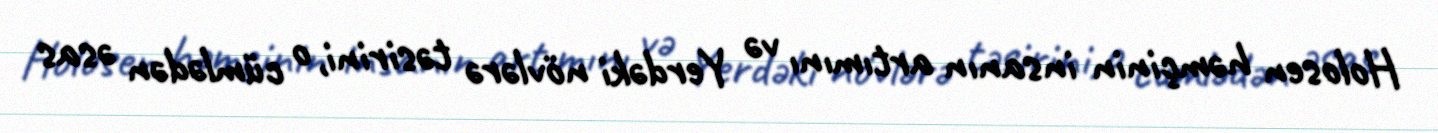
Holosen həmçinin insanın artımını və Yerdəki növlərə təsirini, o cümlədən əsas